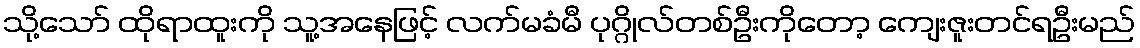
သို့သော် ထိုရာထူးကို သူ့အနေဖြင့် လက်မခံမီ ပုဂ္ဂိုလ်တစ်ဦးကိုတော့ ကျေးဇူးတင်ရဦးမည်